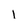
Character: 1